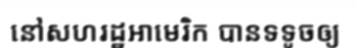
នៅសហរដ្ឋអាមេរិក បានទទូចឲ្យ